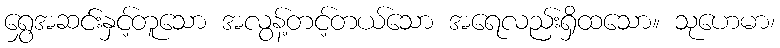
ရွှေအဆင်းနှင့်တူသော အလွန့်တင့်တယ်သော အရေလည်းရှိထသော။ သုဟေမာ၊